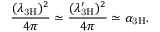
\frac { ( \lambda _ { \mathrm { 3 H } } ) ^ { 2 } } { 4 \pi } \simeq \frac { ( \lambda _ { \mathrm { 3 H } } ^ { \prime } ) ^ { 2 } } { 4 \pi } \simeq \alpha _ { \mathrm { 3 H } } .